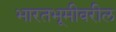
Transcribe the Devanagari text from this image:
भारतभूमीवरील